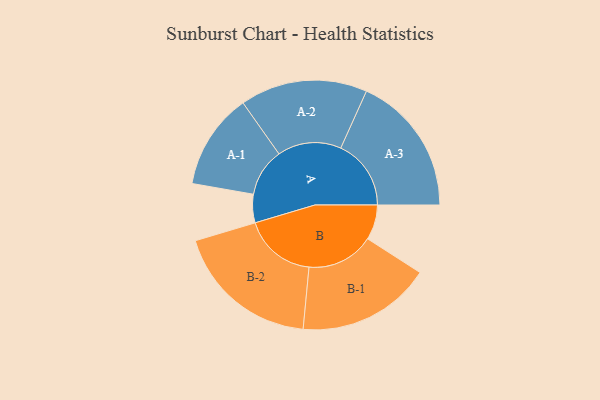
{"axis": {"x": "Segment", "y": "Value"}, "legend": ["", "A", "B"], "data": [{"x": "A", "y": 107, "type": ""}, {"x": "B", "y": 132, "type": ""}, {"x": "A-1", "y": 181, "type": "A"}, {"x": "A-2", "y": 240, "type": "A"}, {"x": "A-3", "y": 265, "type": "A"}, {"x": "B-1", "y": 253, "type": "B"}, {"x": "B-2", "y": 274, "type": "B"}]}